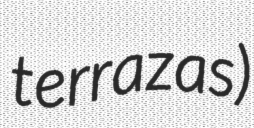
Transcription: terrazas)